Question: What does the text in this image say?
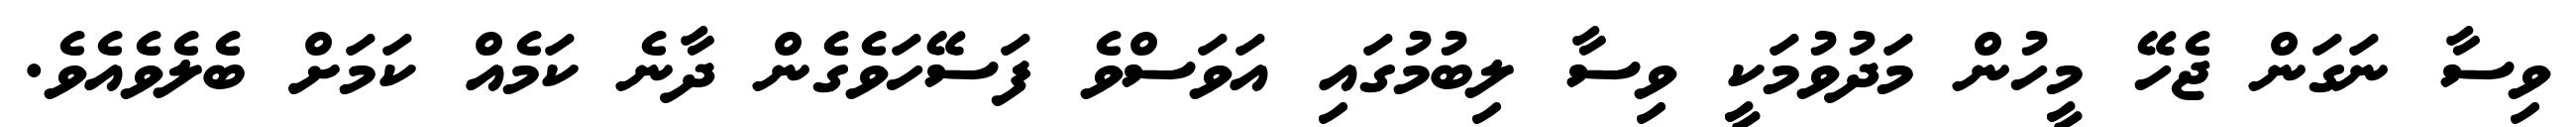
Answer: ވިސާ ނަގަން ޖެހޭ މީހުން މަދުވުމަކީ ވިސާ ލިބުމުގައި އަވަސްވެ ފަސޭހަވެގެން ދާނެ ކަމެއް ކަމަށް ބެލެވެއެވެ.